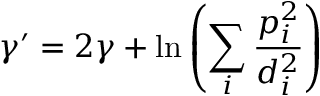
\gamma ^ { \prime } = 2 \gamma + \ln \left( \sum _ { i } \frac { p _ { i } ^ { 2 } } { d _ { i } ^ { 2 } } \right)